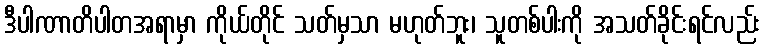
ဒီပါဏာတိပါတအရာမှာ ကိုယ်တိုင် သတ်မှသာ မဟုတ်ဘူး၊ သူတစ်ပါးကို အသတ်ခိုင်းရင်လည်း